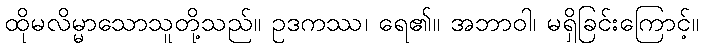
ထိုမလိမ္မာသောသူတို့သည်။ ဥဒကဿ၊ ရေ၏။ အဘာဝါ၊ မရှိခြင်းကြောင့်။